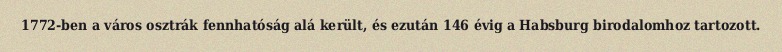
1772-ben a város osztrák fennhatóság alá került, és ezután 146 évig a Habsburg birodalomhoz tartozott.